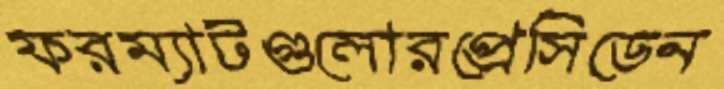
ফরম্যাটগুলোরপ্রেসিডেন